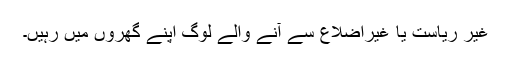
غیر ریاست یا غیراضلاع سے آنے والے لوگ اپنے گھروں میں رہیں۔